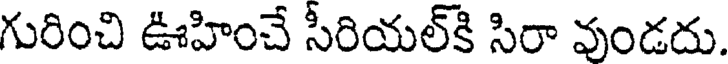
గురించి ఊహించే సీరియల్కి సిరా వుండదు.